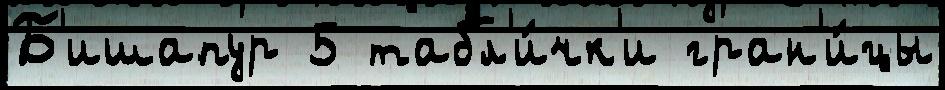
Б'ишапур 5 табл'и́чк'и гран'и́цы